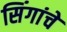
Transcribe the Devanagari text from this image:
सिंगांचे